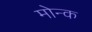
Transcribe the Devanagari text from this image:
मोन्क